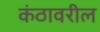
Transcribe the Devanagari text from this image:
कंठावरील